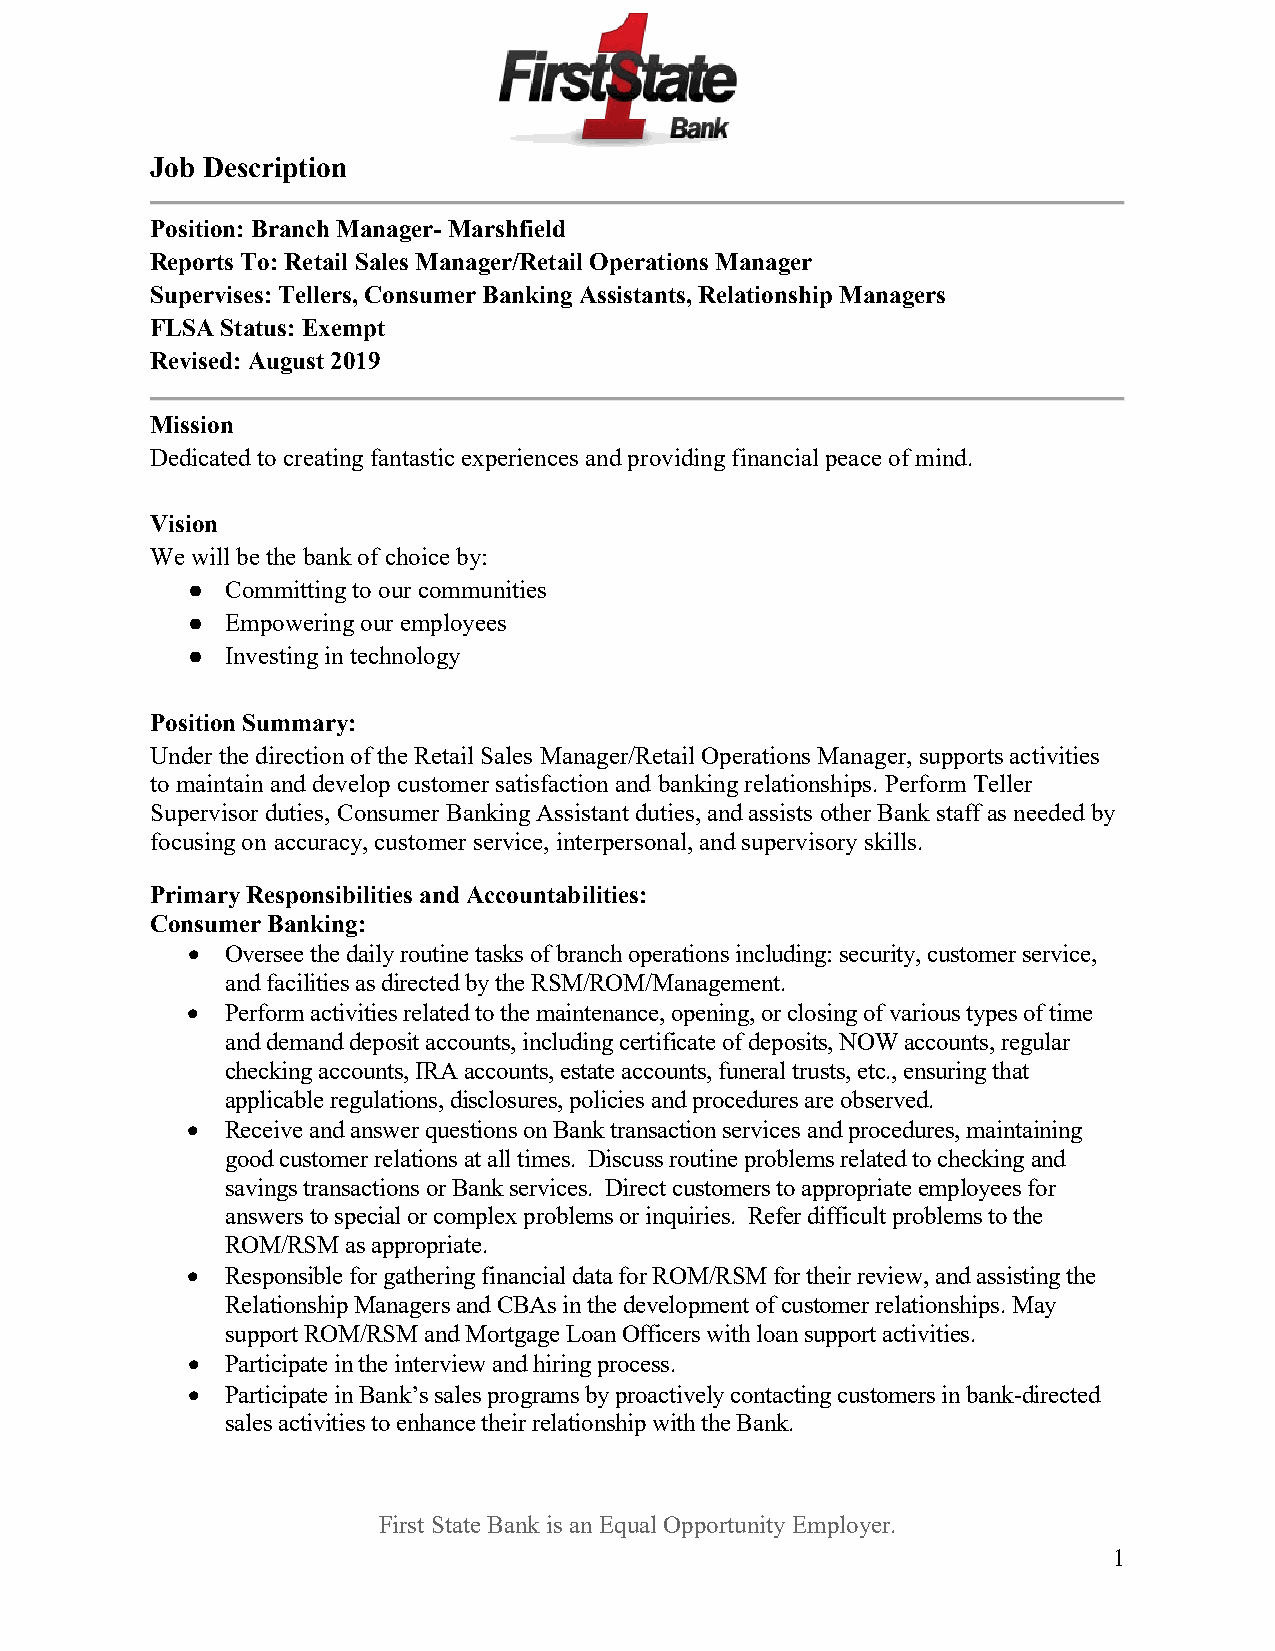
Job Description
 Position: Branch Manager- Marshfield
 Reports To: Retail Sales Manager/Retail Operations Manager
 Supervises: Tellers, Consumer Banking Assistants, Relationship Managers
 FLSA Status: Exempt
 Revised: August 2019
 Mission
 Dedicated to creating fantastic experiences and providing financial peace of mind.
 Vision
 We will be the bank of choice by:
 ●  Committing to our communities
 ●  Empowering our employees
 ●  Investing in technology
 Position Summary:
 Under the direction of the Retail Sales Manager/Retail Operations Manager, supports activities
 to maintain and develop customer satisfaction and banking relationships. Perform Teller
 Supervisor duties, Consumer Banking Assistant duties, and assists other Bank staff as needed by
 focusing on accuracy, customer service, interpersonal, and supervisory skills.
 Primary Responsibilities and Accountabilities:
 Consumer Banking:
 •  Oversee the daily routine tasks of branch operations including: security, customer service,
 and facilities as directed by the RSM/ROM/Management.
 •  Perform activities related to the maintenance, opening, or closing of various types of time
 and demand deposit accounts, including certificate of deposits, NOW accounts, regular
 checking accounts, IRA accounts, estate accounts, funeral trusts, etc., ensuring that
 applicable regulations, disclosures, policies and procedures are observed.
 •  Receive and answer questions on Bank transaction services and procedures, maintaining
 good customer relations at all times. Discuss routine problems related to checking and
 savings transactions or Bank services. Direct customers to appropriate employees for
 answers to special or complex problems or inquiries. Refer difficult problems to the
 ROM/RSM as appropriate.
 •  Responsible for gathering financial data for ROM/RSM for their review, and assisting the
 Relationship Managers and CBAs in the development of customer relationships. May
 support ROM/RSM and Mortgage Loan Officers with loan support activities.
 •  Participate in the interview and hiring process.
 •  Participate in Bank’s sales programs by proactively contacting customers in bank-directed
 sales activities to enhance their relationship with the Bank.
 First State Bank is an Equal Opportunity Employer.
 1